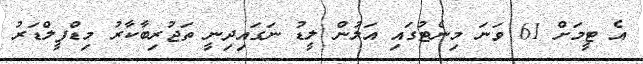
އެ ޓީމަށް 61 ވަނަ މިނެޓުގައި އަލުން ލީޑު ނަގައިދިނީ ތަޖުރިބާކާރު މިޑްފީލްޑަރު